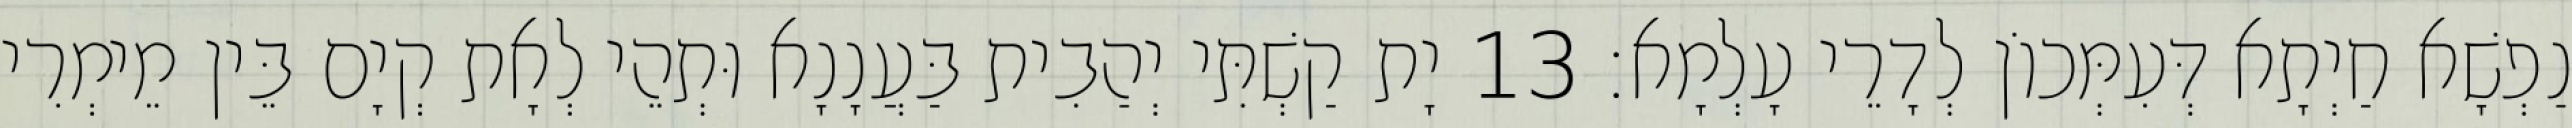
נַפְשָׁא חַיְתָא דְּעִמְּכוֹן לְדָרֵי עָלְמָא׃ 13 יָת קַשְׁתִּי יְהַבִית בַּעֲנָנָא וּתְהֵי לְאָת קְיָם בֵּין מֵימְרִי